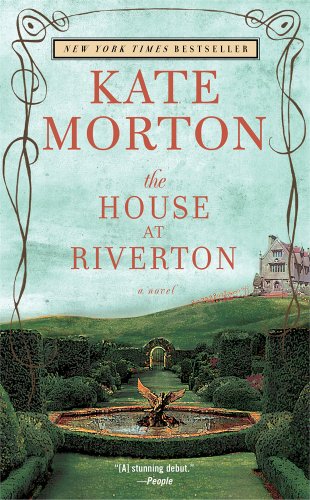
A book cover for The House at Riverton: A Novel; Kate Morton; Literature & Fiction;